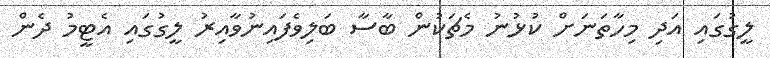
ލީގުގައި އަދި މިހާތަނަށް ކުޅުނު މެޗަކުން ބާސާ ބަލިވެފައިނުވާއިރު ލީގުގައި އެޓީމު ދެން